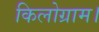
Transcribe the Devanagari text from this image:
किलोग्राम।